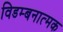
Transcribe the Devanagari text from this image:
विडम्बनात्मक